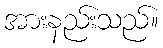
အားနည်းသည်။